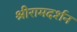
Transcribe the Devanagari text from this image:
श्रीरामदर्शन